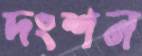
দংশন